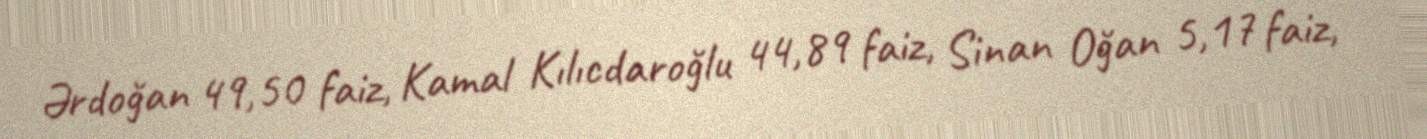
Ərdoğan 49,50 faiz, Kamal Kılıcdaroğlu 44,89 faiz, Sinan Oğan 5,17 faiz,